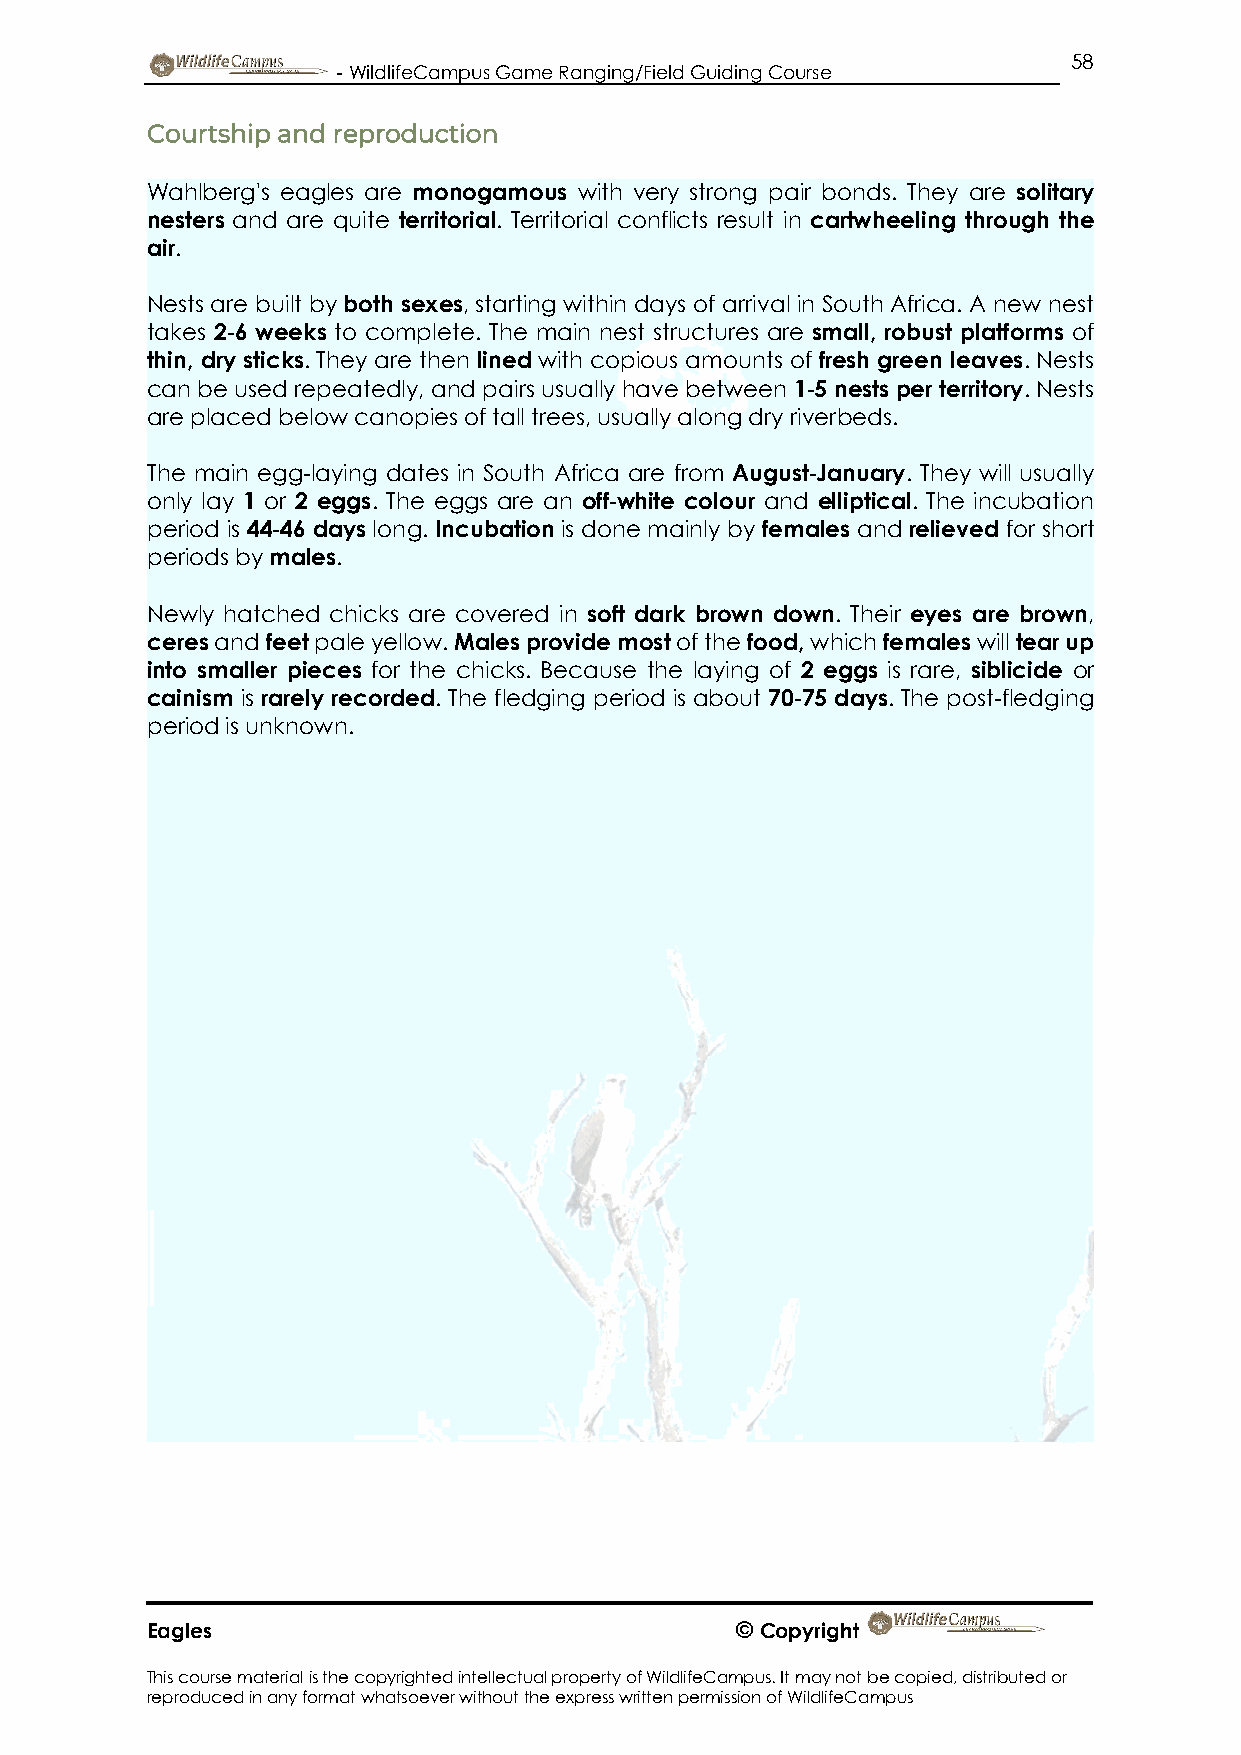
58
 - WildlifeCampus Game Ranging/Field Guiding Course
 Courtship and reproduction
 Wahlberg's eagles are monogamous with very strong pair bonds. They are solitary
 nesters and are quite territorial. Territorial conflicts result in cartwheeling through the
 air.
 Nests are built by both sexes, starting within days of arrival in South Africa. A new nest
 takes 2-6 weeks to complete. The main nest structures are small, robust platforms of
 thin, dry sticks. They are then lined with copious amounts of fresh green leaves. Nests
 can be used repeatedly, and pairs usually have between 1-5 nests per territory. Nests
 are placed below canopies of tall trees, usually along dry riverbeds.
 The main egg-laying dates in South Africa are from August-January. They will usually
 only lay 1 or 2 eggs. The eggs are an off-white colour and elliptical. The incubation
 period is 44-46 days long. Incubation is done mainly by females and relieved for short
 periods by males.
 Newly hatched chicks are covered in soft dark brown down. Their eyes are brown,
 ceres and feet pale yellow. Males provide most of the food, which females will tear up
 into smaller pieces for the chicks. Because the laying of 2 eggs is rare, siblicide or
 cainism is rarely recorded. The fledging period is about 70-75 days. The post-fledging
 period is unknown.
 Eagles                                 © Copyright
 This course material is the copyrighted intellectual property of WildlifeCampus. It may not be copied, distributed or
 reproduced in any format whatsoever without the express written permission of WildlifeCampus